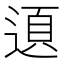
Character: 𨔞